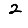
Digit: 2